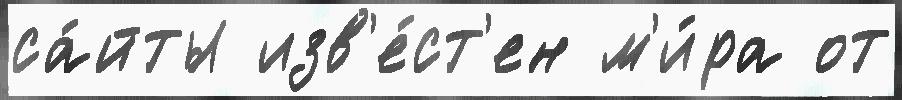
са́йты изв'е́ст'ен м'и́ра от